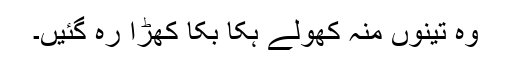
وہ تینوں منہ کھولے ہکاّ بکا کھڑا رہ گئیں۔